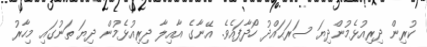
ކުރިން ދިރިއުޅެމުންދިޔަ ސަރަޙައްދު ހޯދާފައެވެ. އޭނާގެ އާއިލާ ދިރިއުޅެމުން ދިޔަ ތަނުގައި މިހާރު